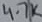
Text: 4.7K